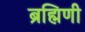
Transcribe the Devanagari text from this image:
ब्रह्मिणी